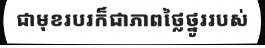
ជាមុខរបរក៏ជាភាពថ្លៃថ្នូររបស់